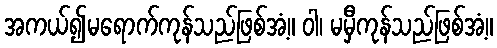
အကယ်၍မရောက်ကုန်သည်ဖြစ်အံ့။ ဝါ၊ မမှီကုန်သည်ဖြစ်အံ့။